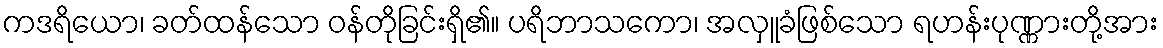
ကဒရိယော၊ ခတ်ထန်သော ဝန်တိုခြင်းရှိ၏။ ပရိဘာသကော၊ အလှူခံဖြစ်သော ရဟန်းပုဏ္ဏားတို့အား